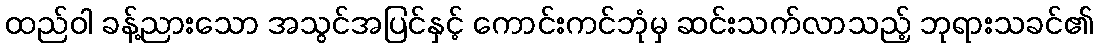
ထည်ဝါ ခန့်ညားသော အသွင်အပြင်နှင့် ကောင်းကင်ဘုံမှ ဆင်းသက်လာသည့် ဘုရားသခင်၏